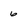
Character: 6